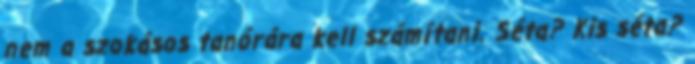
nem a szokásos tanórára kell számítani. Séta? Kis séta?